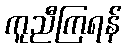
ကူညီကြရန်